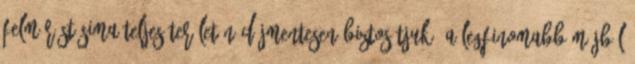
felmérést Sima teljes területén díjmentesen biztosítjuk. A legfinomabb májból